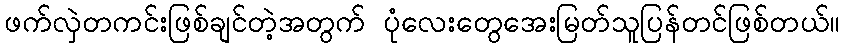
ဖက်လှဲတကင်းဖြစ်ချင်တဲ့အတွက် ပုံလေးတွေအေးမြတ်သူပြန်တင်ဖြစ်တယ်။